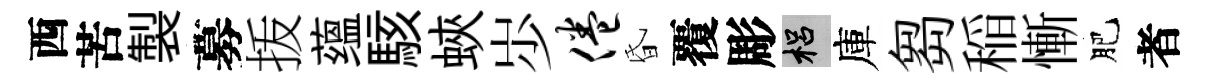
西苦製募㧞蕴駭蛺𡵯倦昏覆彫梠庫芻稲慚肥者